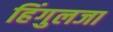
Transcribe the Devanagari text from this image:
हिंगुलजा